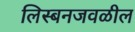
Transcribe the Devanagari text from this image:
लिस्बनजवळील